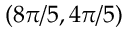
( 8 \pi / 5 , 4 \pi / 5 )